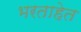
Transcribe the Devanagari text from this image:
भरताहेत